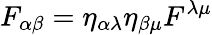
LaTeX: F_{\alpha\beta}=\eta_{\alpha\lambda}\eta_{\beta\mu}F^{\lambda\mu}